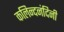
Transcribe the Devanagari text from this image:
कलिन्दनंदिनी